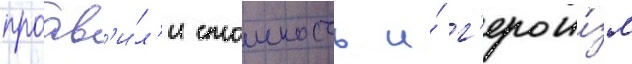
проав'и́л'и стоикость и́ г'ерои́зм